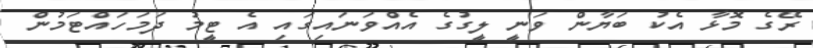
ރޭގެ މޮޅާ އެކު ބަޔާން ވަނީ ލީގުގެ އެއްވަނައިގައި އެ ޓީމު ދަމަހައްޓަމުން